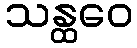
သန္ထဝေ